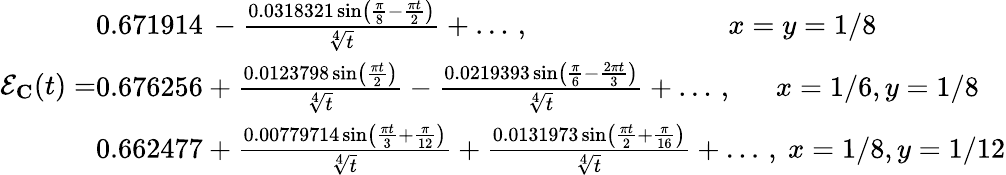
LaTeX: \mathcal{E}_{\mathbf{C}}(t)=\begin{array}{l}{0.671914\, -\frac{0.0318321\sin\left(\frac{\pi}{8}-\frac{\pi t}{2}\right)}{\sqrt[4]{t}}+\dots\, ,~~~~~~~~~~~~~~~~~~~~~~~~~~~~x=y=1/8}\\ {0.676256+\frac{0.0123798\sin\left(\frac{\pi t}{2}\right)}{\sqrt[4]{t}}-\frac{0.0219393\sin\left(\frac{\pi}{6}-\frac{2\pi t}{3}\right)}{\sqrt[4]{t}}+\dots\, ,~~~~~~x=1/6,y=1/8}\\ {0.662477+\frac{0.00779714\sin\left(\frac{\pi t}{3}+\frac{\pi}{12}\right)}{\sqrt[4]{t}}+\frac{0.0131973\sin\left(\frac{\pi t}{2}+\frac{\pi}{16}\right)}{\sqrt[4]{t}}+\dots\, ,~x=1/8,y=1/12}\end{array}